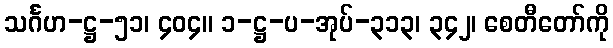
သင်္ဂဟ-ဋ္ဌ-၅၁၊ ၄၀၄။ ၁-ဋ္ဌ-ပ-အုပ်-၃၁၃၊ ၃၄၂၊ စေတီတော်ကို